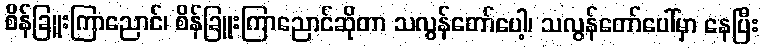
စိန်ခြူးကြာညောင်၊ စိန်ခြူးကြာညောင်ဆိုတာ သလွန်တော်ပေါ့၊ သလွန်တော်ပေါ်မှာ နေပြီး